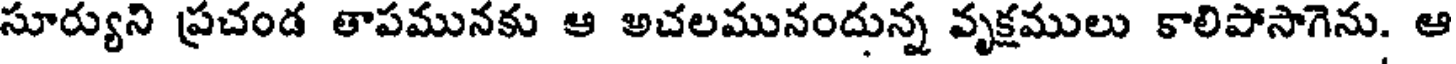
సూర్యుని ప్రచండ తాపమునకు ఆ అచలమునందున్న వృక్షములు కాలిపోసాగెను. ఆ